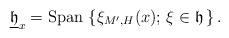
LaTeX: \begin{align*}\underline{\mathfrak{h}}_{x}={\rm Span\,}\left\{ \xi_{M',H}(x);\, \xi\in\mathfrak{h}\, \right\}.\end{align*}